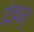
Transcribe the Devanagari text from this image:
दंडवत्‌